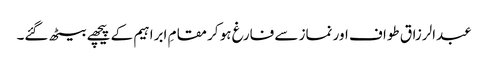
عبدالرزاق طواف اور نماز سے فارغ ہو کر مقامِ ابراہیم کے پیچھے بیٹھ گئے۔